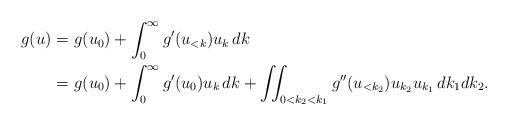
LaTeX: \begin{align*}\begin{aligned}g(u) = & \ g(u_0) + \int_{0}^\infty g'(u_{<k}) u_k \, dk\\ = & \ g(u_0) + \int_{0}^\infty g'(u_{0}) u_k \, dk + \iint_{0<k_2<k_1} g''(u_{<k_2}) u_{k_2} u_{k_1} \, dk_1 dk_2.\end{aligned}\end{align*}